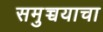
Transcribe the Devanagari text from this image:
समुच्चयाचा